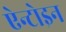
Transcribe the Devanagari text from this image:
ऐन्टोइन